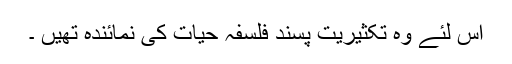
اس لئے وہ تکثیریت پسند فلسفہ حیات کی نمائندہ تھیں ۔